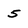
Character: 5